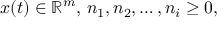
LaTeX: x ( t ) \in \mathbb { R } ^ { m } , \, n _ { 1 } , n _ { 2 } , \ldots , n _ { i } \geq 0 ,